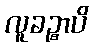
လူခဉ္စာပိ